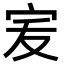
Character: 𭓧